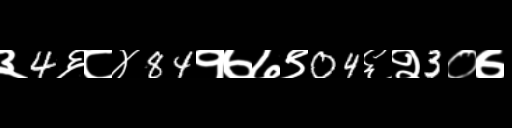
Text: ३4६८४84१७७९04६२3०७